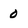
Character: 0